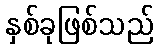
နှစ်ခုဖြစ်သည်